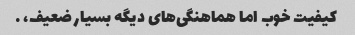
کیفیت خوب اما هماهنگی‌های دیگه بسیار ضعیف، …